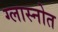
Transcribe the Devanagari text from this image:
ग्लास्नोत